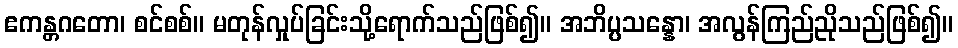
ဧကန္တဂတော၊ စင်စစ်။ မတုန်လှုပ်ခြင်းသို့ရောက်သည်ဖြစ်၍။ အဘိပ္ပသန္နော၊ အလွန်ကြည်ညိုသည်ဖြစ်၍။